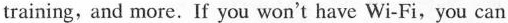
raining,and more,If you woa't have Wi-Fi,you can